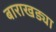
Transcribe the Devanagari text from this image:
बाराखड्या